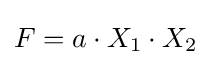
F=a\cdot X_{1}\cdot X_{2}